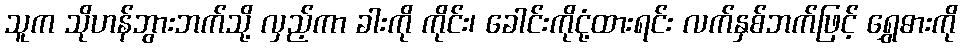
သူက သိုဟန်ဘွားဘက်သို့ လှည့်ကာ ခါးကို ကိုင်း၊ ခေါင်းကိုငုံ့ထားရင်း လက်နှစ်ဘက်ဖြင့် ရွှေဓားကို